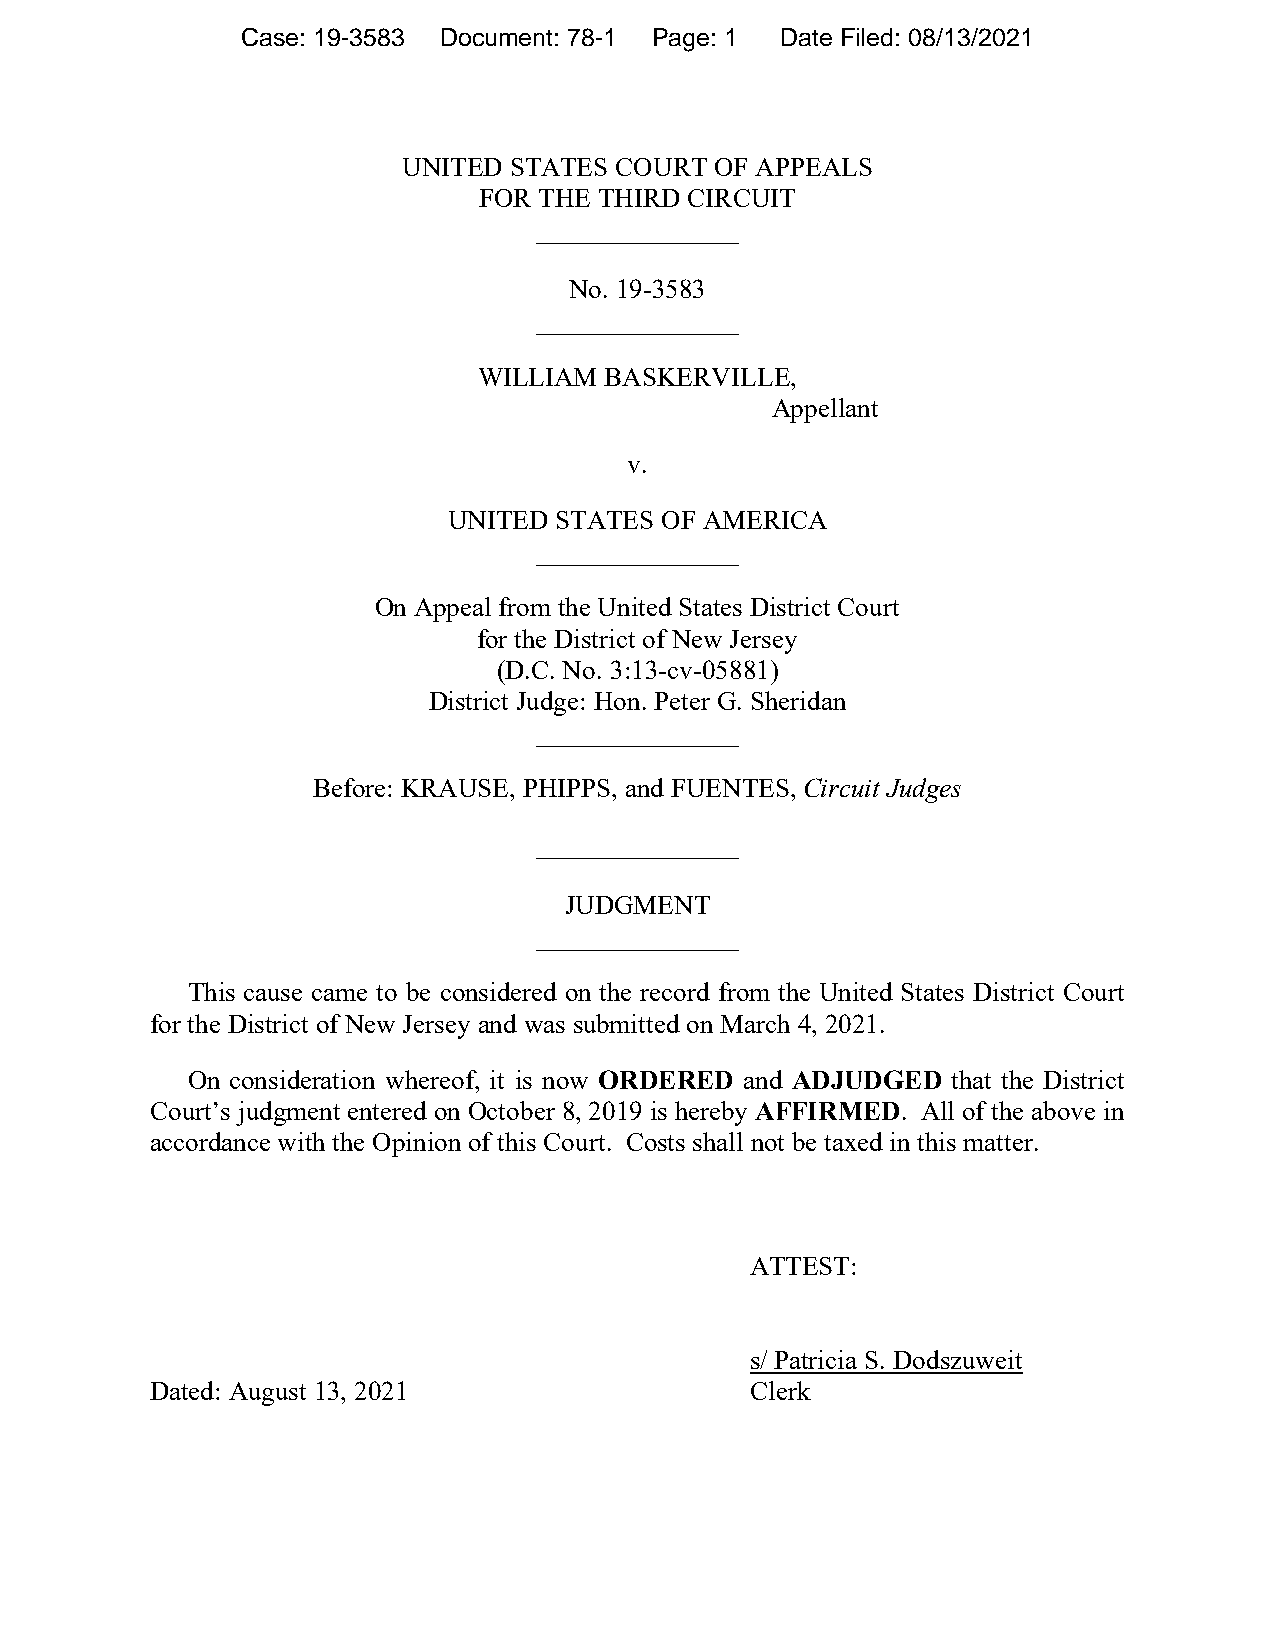
Case: 19-3583 Document: 78-1 Page: 1 Date Filed: 08/13/2021
 UNITED STATES COURT OF APPEALS
 FOR THE THIRD CIRCUIT
 _______________
 No. 19-3583
 _______________
 WILLIAM BASKERVILLE,
 Appellant
 v.
 UNITED STATES OF AMERICA
 _______________
 On Appeal from the United States District Court
 for the District of New Jersey
 (D.C. No. 3:13-cv-05881)
 District Judge: Hon. Peter G. Sheridan
 _______________
 Before: KRAUSE, PHIPPS, and FUENTES, Circuit Judges
 _______________
 JUDGMENT
 _______________
 This cause came to be considered on the record from the United States District Court
 for the District of New Jersey and was submitted on March 4, 2021.
 On consideration whereof, it is now ORDERED and ADJUDGED that the District
 Court’s judgment entered on October 8, 2019 is hereby AFFIRMED. All of the above in
 accordance with the Opinion of this Court. Costs shall not be taxed in this matter.
 ATTEST:
 s/ Patricia S. Dodszuweit
 Dated: August 13, 2021                  Clerk